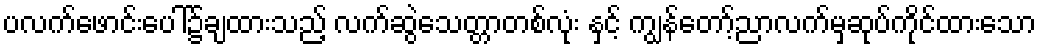
ပလက်ဖောင်းပေါ်၌ချထားသည့် လက်ဆွဲသေတ္တာတစ်လုံး နှင့် ကျွန်တော့်ညာလက်မှဆုပ်ကိုင်ထားသော